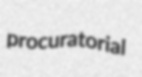
procuratorial